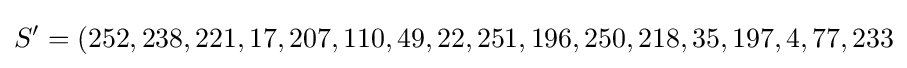
S'=(252,238,221,17,207,110,49,22,251,196,250,218,35,197,4,77,233